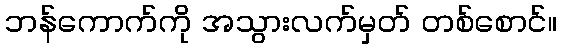
ဘန်ကောက်ကို အသွားလက်မှတ် တစ်စောင်။